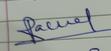
Signature authenticity: genuine